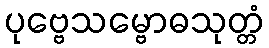
ပုဗ္ဗေသမ္ဗောဓသုတ္တံ